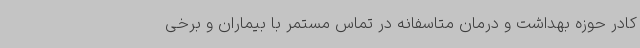
کادر حوزه بهداشت و درمان متاسفانه در تماس مستمر با بیماران و برخی